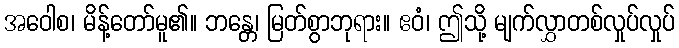
အဝေါစ၊ မိန့်တော်မူ၏။ ဘန္တေ၊ မြတ်စွာဘုရား။ ဧဝံ၊ ဤသို့ မျက်လွှာတစ်လှုပ်လှုပ်